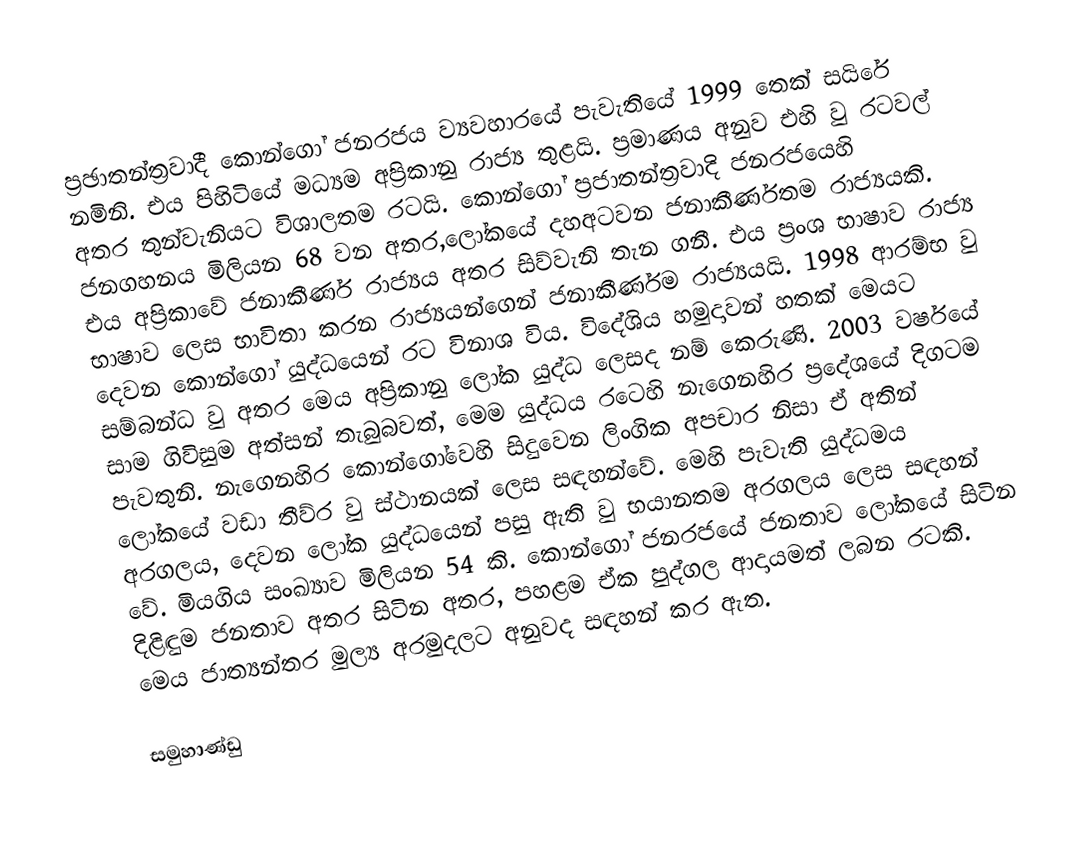
ප්‍රඡාතන්ත්‍රවාදී කොන්ගෝ ජනරජය ව්‍යවහාරයේ පැවැතියේ 1999 තෙක් සයිරේ නමිනි. එය පිහිටියේ මධ්‍යම අප්‍රිකානු රාජ්‍ය තුළයි. ප්‍රමාණය අනුව එහි වු රටවල් අතර තුන්වැනියට විශාලතම රටයි. කොන්ගෝ ප්‍රජාතන්ත්‍රවාදි ජනරජයෙහි ජනගහනය මිලියන 68 වන අතර,ලෝකයේ දහඅටවන ජනාකීර්ණතම රාජ්‍යයකි. එය අප්‍රිකාවේ ජනාකීර්ණ රාජ්‍යය අතර සිව්වැනි තැන ගනී. එය ප්‍රංශ භාෂාව රාජ්‍ය භාෂාව ලෙස භාවිතා කරන රාජ්‍යයන්ගෙන් ජනාකීර්ණම රාජ්‍යයයි. 1998 ආරම්භ වු දෙවන කොන්ගෝ යුද්ධයෙන් රට විනාශ විය. විදේශිය හමුදාවන් හතක් මෙයට සම්බන්ධ වු අතර මෙය අප්‍රිකානු ලෝක යුද්ධ ලෙසද නම් කෙරුණි. 2003 වර්ෂයේ සාම ගිවිසුම අත්සන් තැබුබවත්, මෙම යුද්ධය රටෙහි නැගෙනහිර ප්‍රදේශයේ දිගටම පැවතුනි. නැගෙනහිර කොන්ගෝවෙහි  සිදුවෙන ලිංගික අපචාර නිසා ඒ අතින් ලෝකයේ වඩා තීව්ර වු ස්ථානයක් ලෙස සඳහන්වේ. මෙහි පැවැති යුද්ධමය අරගලය, දෙවන ලෝක යුද්ධයෙන් පසු ඇති වු භයානතම අරගලය ලෙස සඳහන් වේ. මියගිය සංඛ්‍යාව මිලියන 54 කි. කොන්ගෝ ජනරජයේ ජනතාව ලෝකයේ සිටින දිළිඳුම ජනතාව අතර සිටින අතර, පහළම ඒක පුද්ගල ආදායමත් ලබන රටකි. මෙය ජාත්‍යන්තර මුල්‍ය අරමුදලට අනුවද සඳහන් කර ඇත.

සමුහාණ්ඩු